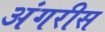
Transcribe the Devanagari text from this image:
अंगरीस